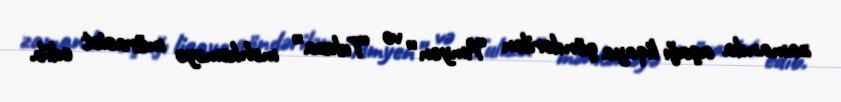
zamanda aşağı liqaya göndərilən “Amyen” və “Tuluza” məhkəməyə müraciət edib.